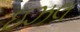
ઇઝલ